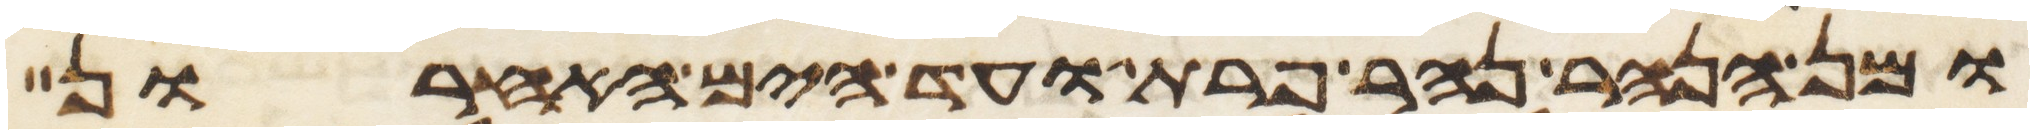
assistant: ומן הנהר נהר פרת ועד הים האחרון